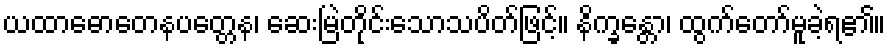
ယထာဓောတေနပတ္တေန၊ ဆေးမြဲတိုင်းသောသပိတ်ဖြင့်။ နိက္ခန္တော၊ ထွက်တော်မူခဲ့ရ၏။